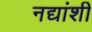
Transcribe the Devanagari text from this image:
नद्यांशी